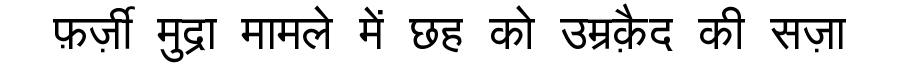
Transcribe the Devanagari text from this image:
फ़र्ज़ी मुद्रा मामले में छह को उम्रक़ैद की सज़ा